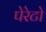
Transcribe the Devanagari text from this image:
पेरेटो